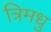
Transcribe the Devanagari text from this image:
त्रिमधु